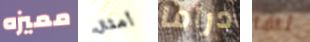
مميزه أمثال دراما لها